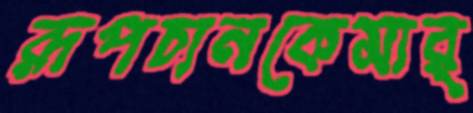
রূপচানকেমার্